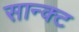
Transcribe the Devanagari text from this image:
सान्क्ट